Annual administration and progress report of the Indian Medical Department, Bombay
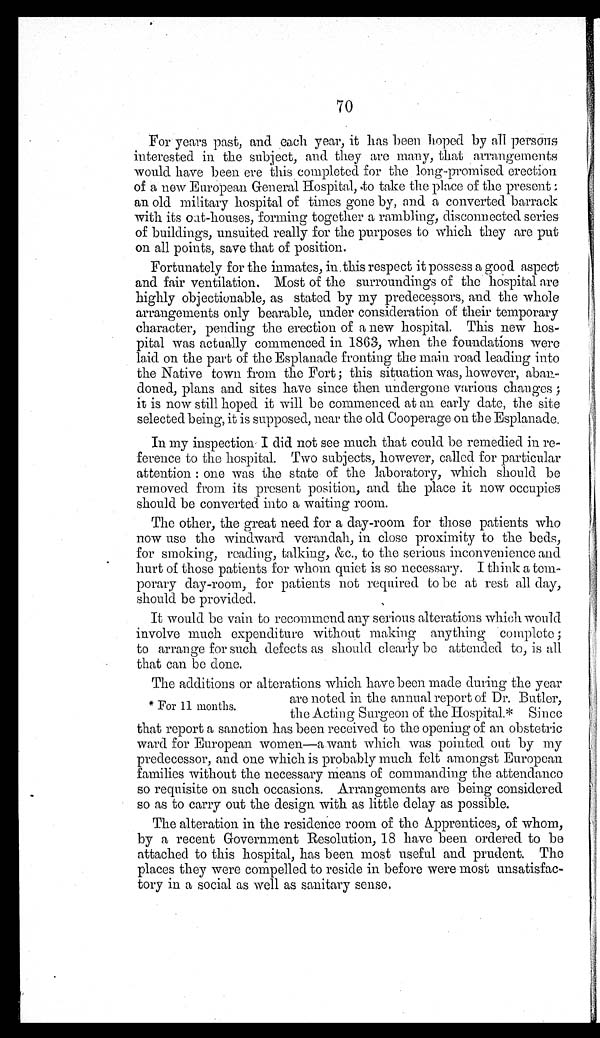
70
For years past, and each year, it has been hoped by all persons
interested in the subject, and they are many, that arrangements
would have been ere this completed for the long-promised erection
of a new European General Hospital, to take the place of the present:
an old military hospital of times gone by, and a converted barrack
with its out-houses, forming together a rambling, disconnected series
of buildings, unsuited really for the purposes to which they are put
on all points, save that of position.
Fortunately for the inmates, in this respect it possess a good aspect
and fair ventilation. Most of the surroundings of the hospital are
highly objectionable, as stated by my predecessors, and the whole
arrangements only bearable, under consideration of their temporary
character, pending the erection of a new hospital. This new hos-
pital was actually commenced in 1863, when the foundations were
laid on the part of the Esplanade fronting the main road leading into
the Native town from the Fort ; this situation was, however, aban-
doned, plans and sites have since then undergone various changes ;
it is now still hoped it will be commenced at an early date, the site
selected being, it is supposed, near the old Cooperage on the Esplanade.
In my inspection I did not see much that could be remedied in re-
ference to the hospital. Two subjects, however, called for particular
attention : one was the state of the laboratory, which should be
removed from its present position, and the place it now occupies
should be converted into a waiting room.
The other, the great need for a day-room for those patients who
now use the windward verandah, in close proximity to the beds,
for smoking, reading, talking, &c., to the serious inconvenience and
hurt of those patients for whom quiet is so necessary. I think a tem-
porary day-room, for patients not required to be at rest all day,
should be provided.
It would be vain to recommend any serious alterations which would
involve much expenditure without making anything complete ;
to arrange for such defects as should clearly be attended to, is all
that can be done.
The additions or alterations which have been made during the year
* For 11 months.
are noted in the annual report of Dr. Butler,
the Acting Surgeon of the Hosnital.* Since
that report a sanction has been received to the opening of an obstetric
ward for European women—a want which was pointed out by my
predecessor, and one which is probably much felt amongst European
families without the necessary means of commanding the attendance
so requisite on such occasions. Arrangements are being considered
so as to carry out the design with as little delay as possible.
The alteration in the residence room of the Apprentices, of whom,
by a recent Government Resolution, 18 have been ordered to be
attached to this hospital, has been most useful and prudent. The
places they were compelled to reside in before were most unsatisfac-
tory in a social as well as sanitary sense.